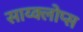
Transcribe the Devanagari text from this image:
साय्क्लोप्स